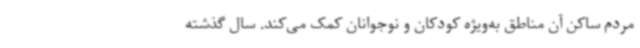
مردم ساکن آن مناطق به‌ویژه کودکان و نوجوانان کمک می‌کند. سال گذشته